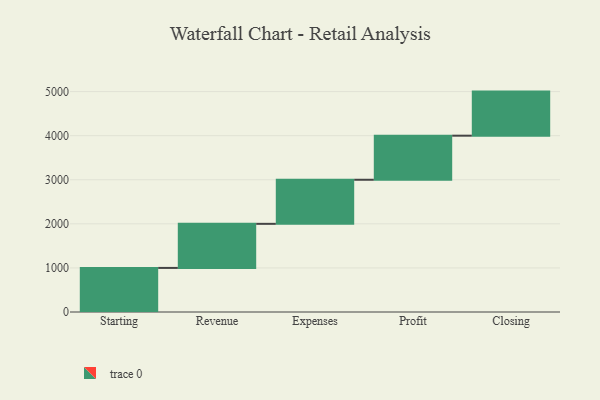
{"axis": {"x": "Step", "y": "Value"}, "legend": [""], "data": [{"x": "Starting", "y": 1000, "type": ""}, {"x": "Revenue", "y": 1000, "type": ""}, {"x": "Expenses", "y": 1000, "type": ""}, {"x": "Profit", "y": 1000, "type": ""}, {"x": "Closing", "y": 1000, "type": ""}]}